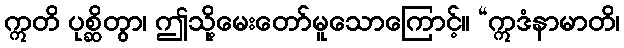
ဣတိ ပုစ္ဆိတွာ၊ ဤသို့မေးတော်မူသောကြောင့်။ “ဣဒံနာမာတိ၊